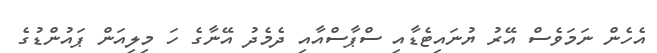
އެހެން ނަމަވެސް އޭރު ޔުނައިޓެޑާއި ސްޕާސްއާއި ދެމެދު އޭނާގެ ހަ މިލިއަން ޕައުންޑުގެ